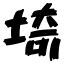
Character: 埼